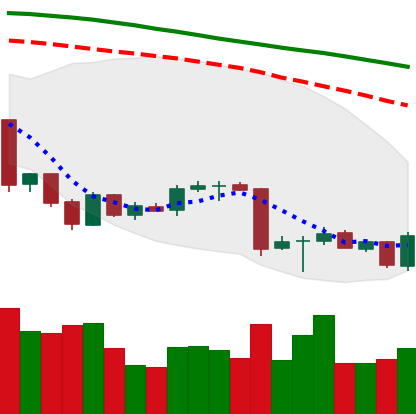
Ticker: BTC-USD
Chart end date: 2018-06-29
Forward return: 6.099%
Label: up_5_7